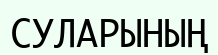
СУЛАРЫНЫҢ